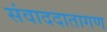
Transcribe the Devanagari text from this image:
संवाददातागण